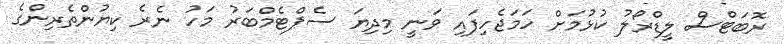
ރޮބަޓްސް ލީޑްރޯލު ކުޅުމަށް ހަމަޖެހިފައި ވަނީ މިދިޔަ ސެޕްޓެމްބަރު މަހު ނެރެ ކިޔުންތެރިންގެ